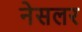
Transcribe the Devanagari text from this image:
नेसलर